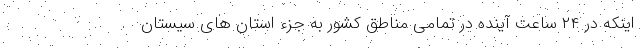
اینکه در ۲۴ ساعت آینده در تمامی مناطق کشور به جزء استان های سیستان